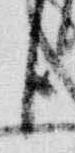
臣